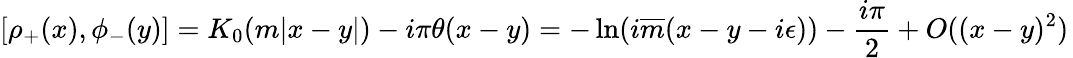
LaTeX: [\rho_{+}(x),\phi_{-}(y)]=K_{0}(m|x-y|)-i\pi\theta(x-y)=-\ln(i\overline{{{m}}}(x-y-i\epsilon))-\frac{i\pi}{2}+O((x-y)^{2})\,